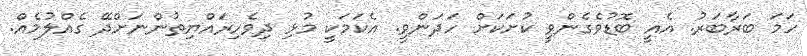
ހަމަ ބަރާބަރު. އެއީ ބޮޑުވެގެންވީ ކުށަކަށް ހަދަންވީ. އެކަމަކީ މުޅި ދިވެހިރައްޔިތުންނަށްދޭ ގެއްލުމެއް.